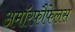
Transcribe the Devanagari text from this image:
अमॉरफौफेलस